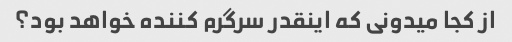
از کجا میدونی که اینقدر سرگرم کننده خواهد بود؟